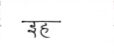
मजकूर: इह